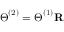
\boldsymbol \Theta ^ { ( 2 ) } = \boldsymbol \Theta ^ { ( 1 ) } \mathbf { R }